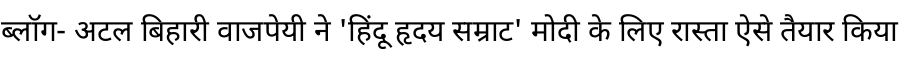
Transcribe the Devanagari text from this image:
ब्लॉग- अटल बिहारी वाजपेयी ने 'हिंदू हृदय सम्राट' मोदी के लिए रास्ता ऐसे तैयार किया